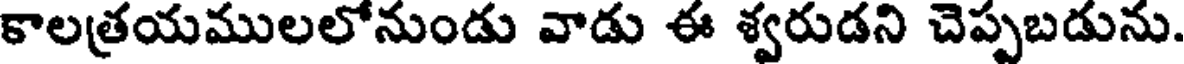
కాలత్రయములలోనుండు వాడు ఈ శ్వరుడని చెప్పబడును.